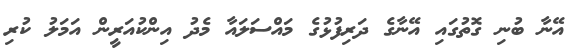
އޭނާ ބުނި ގޮތުގައި އޭނާގެ ދަރިފުޅުގެ މައްސަލައާ މެދު އިންކުއަރީން އަމަލު ކުރި